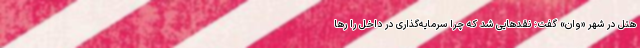
هتل در شهر «وان» گفت: نقدهایی شد که چرا سرمایه‌گذاری در داخل را رها